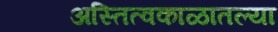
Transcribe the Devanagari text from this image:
अस्तित्वकाळातल्या